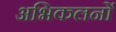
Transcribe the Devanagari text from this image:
अभिकलनों